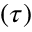
( \tau )